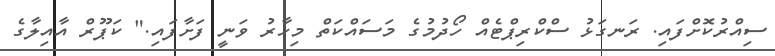
ސިއްރުކޮށްފައި. ރަނގަޅު ސްކްރިޕްޓެއް ހޯދުމުގެ މަސައްކަތް މިހާރު ވަނީ ފަށާފައި." ކަޕޫރް އާއިލާގެ